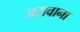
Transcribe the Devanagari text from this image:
जसवाना